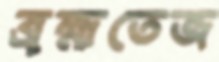
ব্রহ্মতেজ